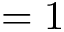
= 1